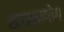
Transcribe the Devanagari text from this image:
सायनागोग